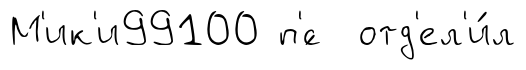
М'ик'и99100 п'́с отд'ел'и́л